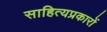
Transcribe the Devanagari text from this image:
साहित्यप्रकारों